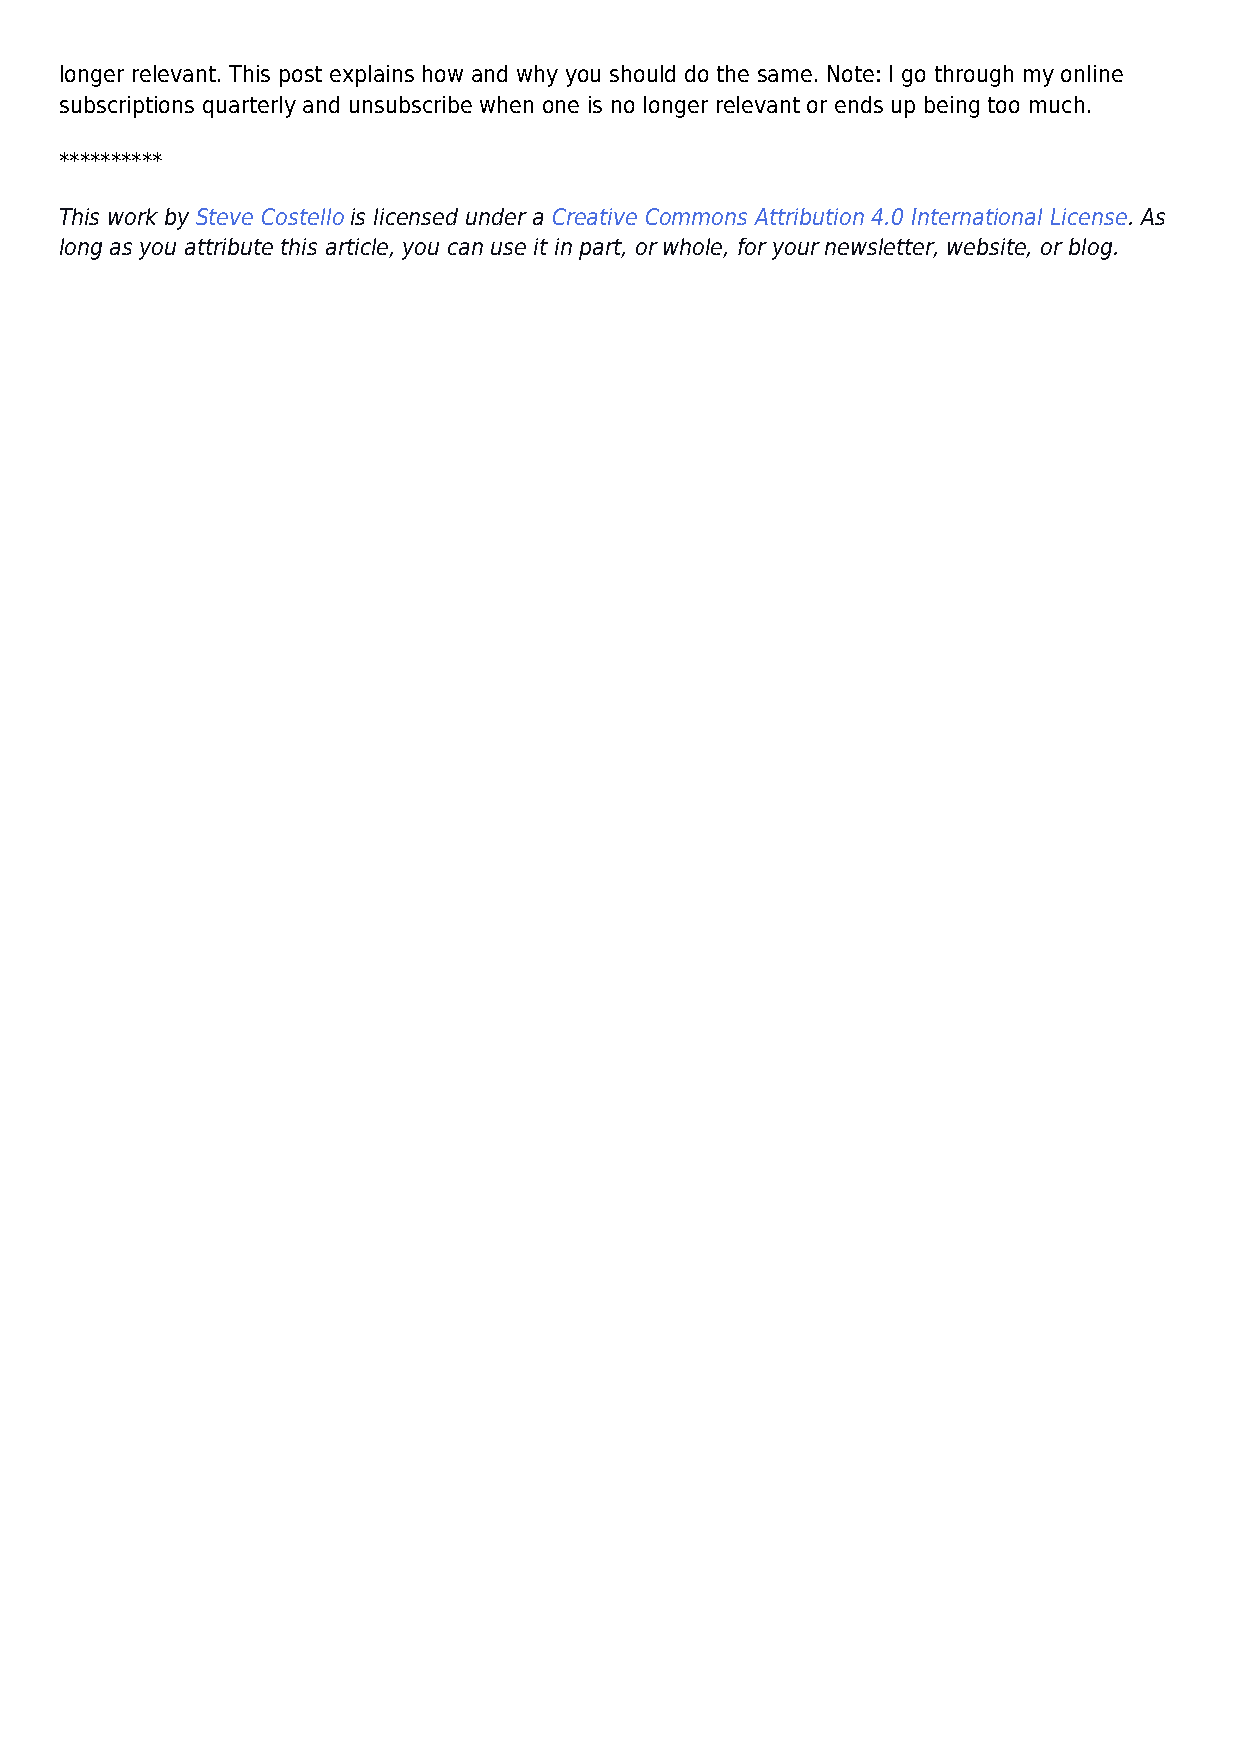
longer relevant. This post explains how and why you should do the same. Note: I go through my online
 subscriptions quarterly and unsubscribe when one is no longer relevant or ends up being too much.
 **********
 This work by Steve Costello is licensed under a Creative Commons Attribution 4.0 International License. As
 long as you attribute this article, you can use it in part, or whole, for your newsletter, website, or blog.